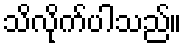
သိလိုက်ပါသည်။